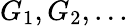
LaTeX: G_{1},G_{2},...